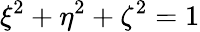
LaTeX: \xi^{2}+\eta^{2}+\zeta^{2}=1